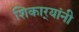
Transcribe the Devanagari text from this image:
शिकार्‍यांनी